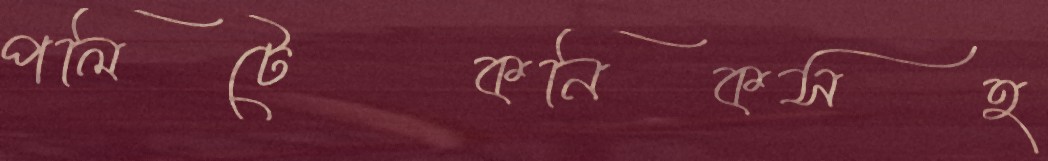
পলিটেকনিকসহ